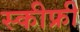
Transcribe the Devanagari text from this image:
स्कीफ्री